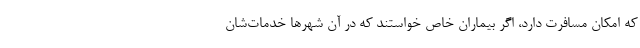
که امکان مسافرت دارد، اگر بیماران خاص خواستند که در آن شهرها خدمات‌شان